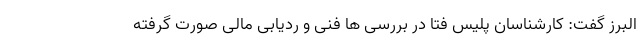
البرز گفت: کارشناسان پلیس فتا در بررسی ها فنی و ردیابی مالی صورت گرفته